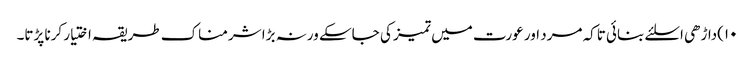
۱۰)داڑھی اسلئے بنائی تاکہ مرد اور عورت میں تمیز کی جاسکے ورنہ بڑا شرمناک طریقہ اختیار کرنا پڑتا۔